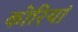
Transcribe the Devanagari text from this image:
कोरियां